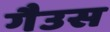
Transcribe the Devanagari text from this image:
गैउस